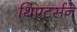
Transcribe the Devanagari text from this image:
थिएटर्सने